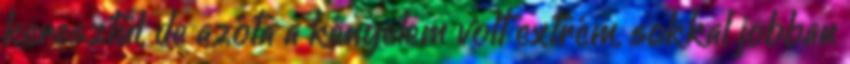
keresztül, de azóta a kényelem volt extrém, sokkal jobban